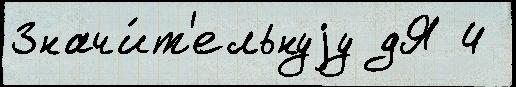
Значи́т'ельнуjу дЯ 4